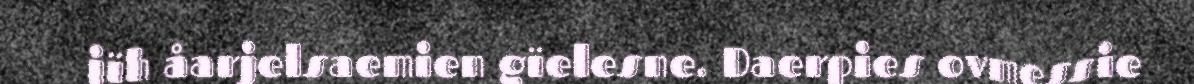
jïh åarjelsaemien gïelesne. Daerpies ovmessie